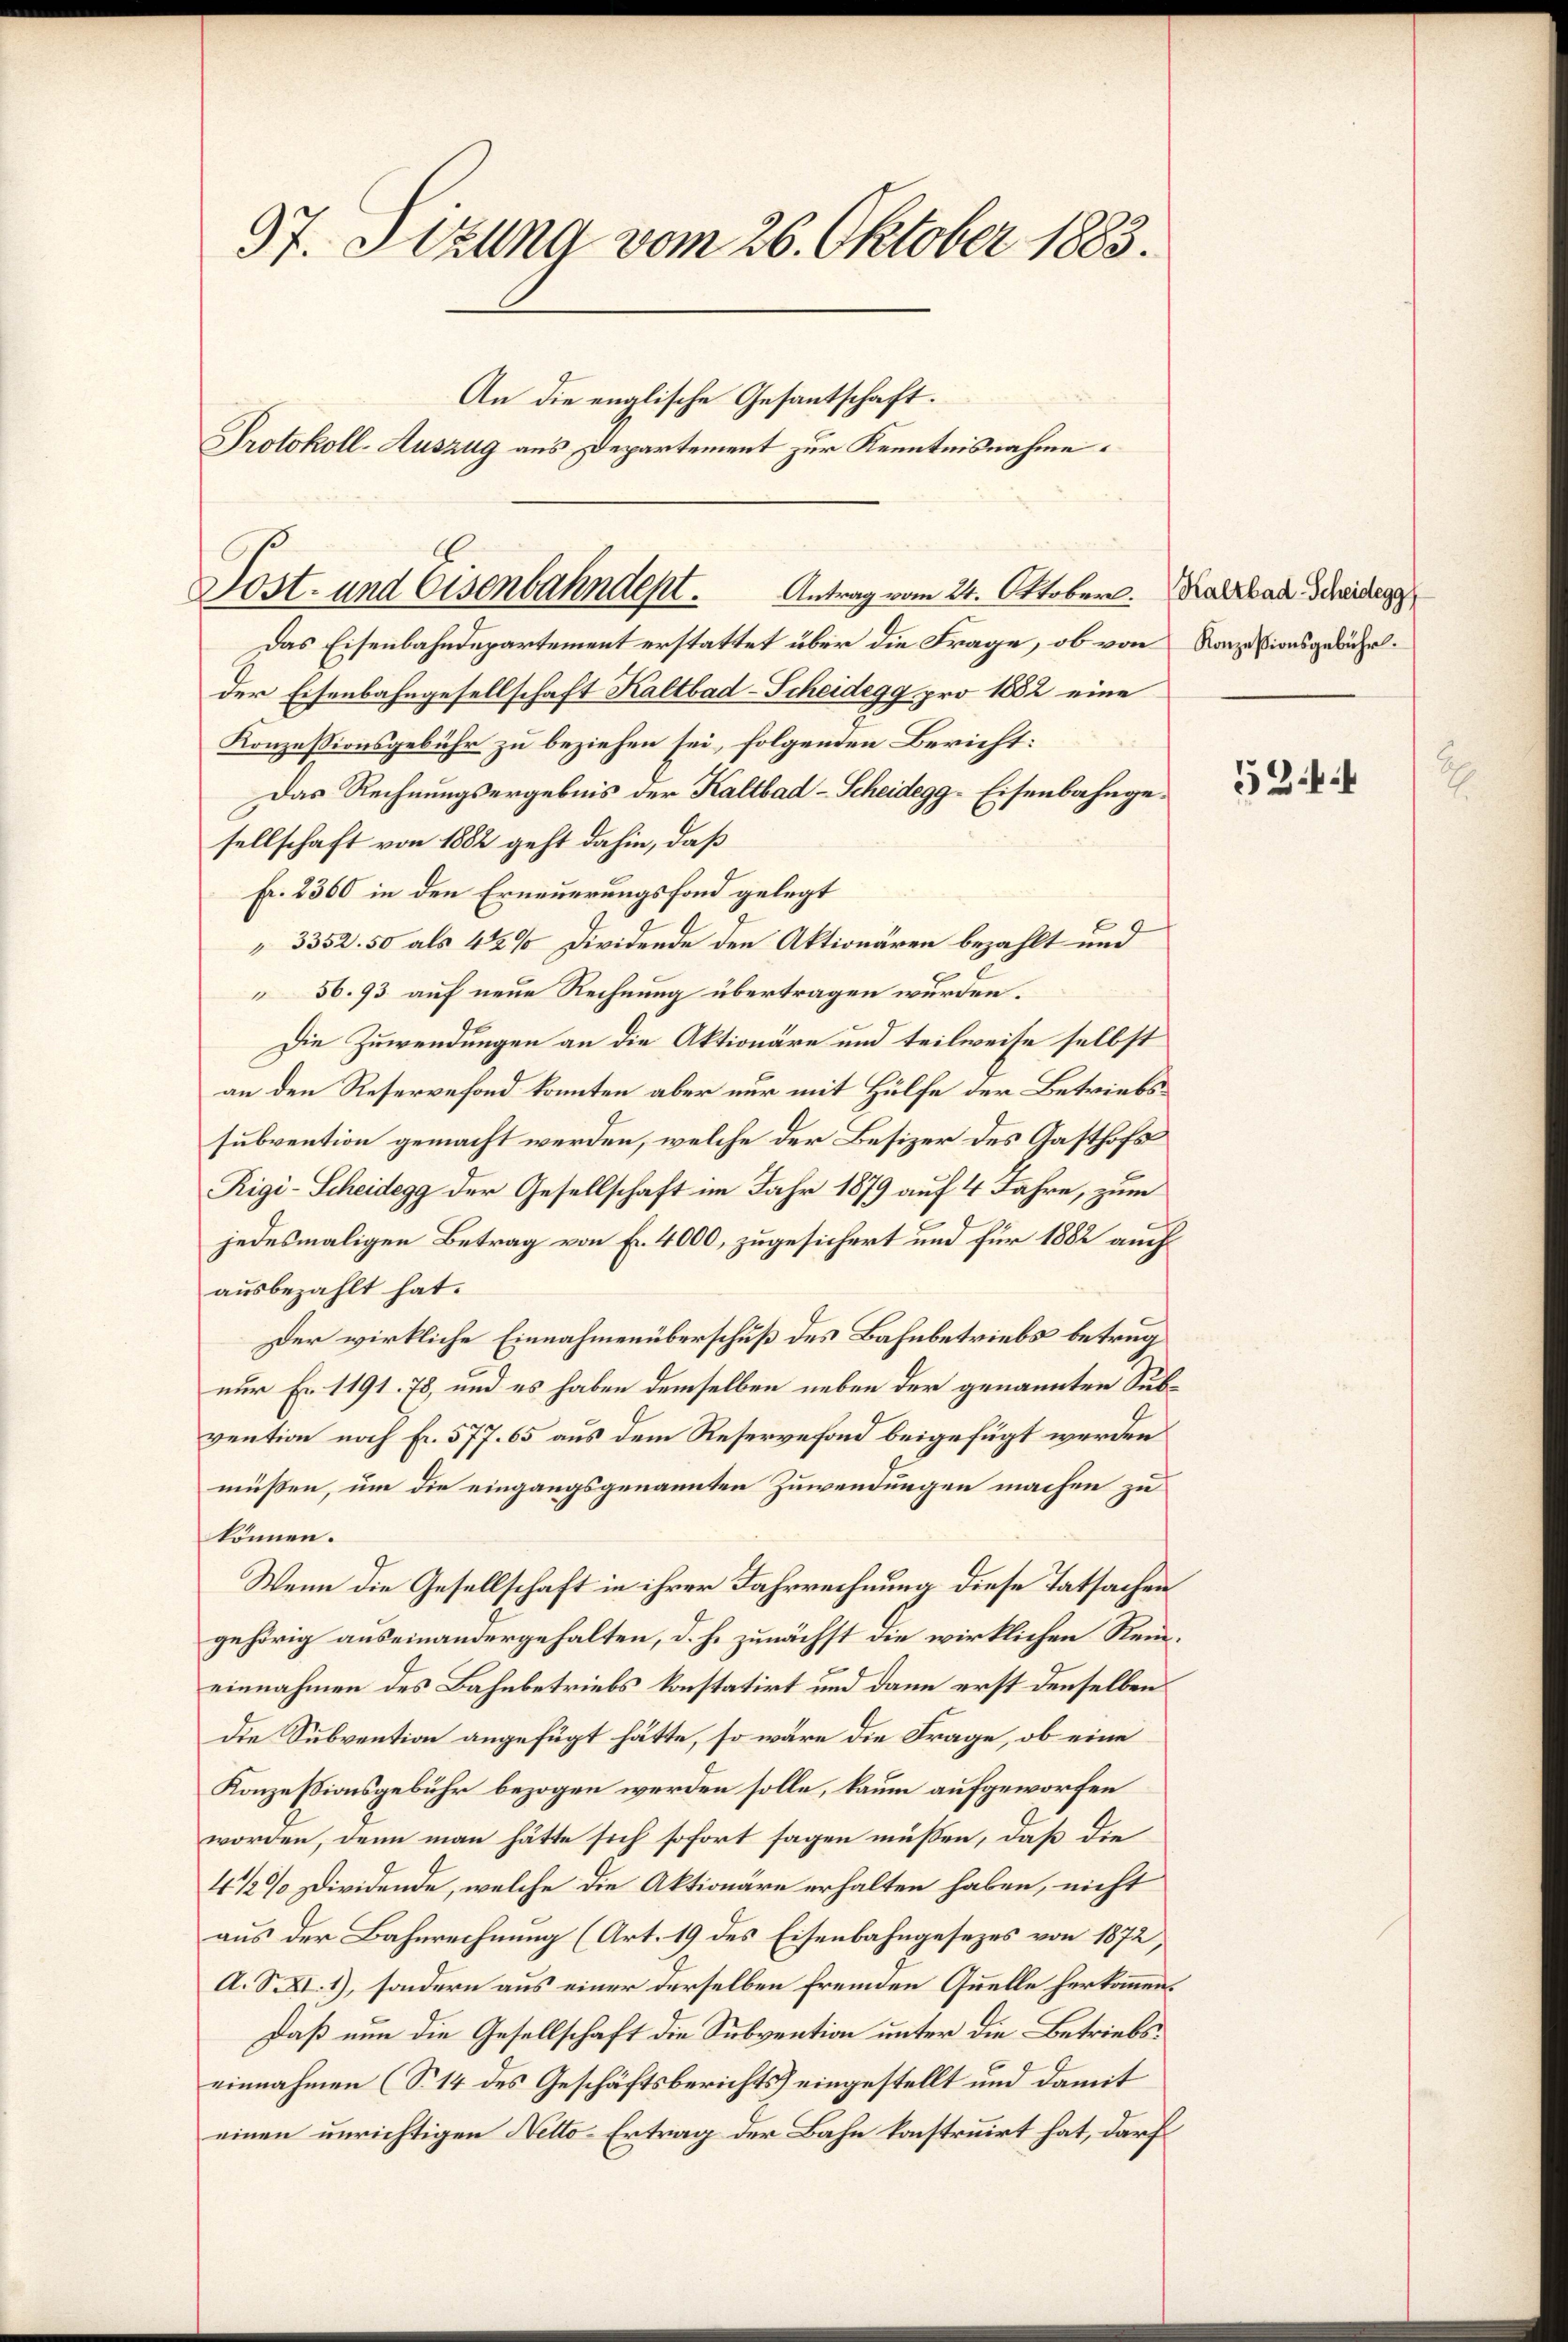
97. Sitzung vom 26. Oktober 1883.
An die englische Gesandtschaft.
Protokoll-Auszug aus Departement zur Kenntnisnahme.

Post- und Eisenbahndept.
Antrag vom 24. Oktober. Kalzbach Scheidegg

Das Eisenbahndepartement erstattet über die Frage, ob von Konzesionsgebührder Eisenbahngesellschaft Kaltbad-Scheidegg pro 1882 eine
Konzessionsgebühr zu beziehen sei, folgenden Bericht:
Das Rechnungsergebnis der Kaltbad-Scheidegg-Eisenbahngesellschaft von 1882 geht dahin, daß
fr. 2360 in den Erneuerungsfond gelegt
3352. 50 als 4 1/2% Dividende den Aktionären bezahlt und
56.93 auf neue Rechnung übertragen wurden.
Die Zuwendungen an die Aktionäre und teilweise selbst
an den Reservefond konnten aber nur mit Hülfe der Betriebssubvention gemacht werden, welche der Besizer des Gasthofs
Rigi-Scheidegg der Gesellschaft im Jahr 1879 auf 4 Jahre, zum
jedesmaligen Betrag von Fr. 4000, zugesichert und für 1882 auch
ausbezahlt hat.
Der wirkliche Einnahmenüberschuß des Bahnbetriebs betrügnur Fr. 1191. 78, und es haben demselben neben der genannten Subvention noch Fr. 577. 65 aus dem Reservefond beigefügt werden
müßen, um die eingangsgenannten Zuwendungen machen zu
können.
Wenn die Gesellschaft in ihrer Fahrrechnung diese Tatsachen
gehörig auseinandergehalten, d. h. zunächst die wirklichen Reieinnahmen des Bahnbetriebs konstatirt und dann erst denselben
die Subvention angefügt hätte, so wäre die Frage, ob eine
Konzessionsgebühr bezogen werden solle, kaum aufgeworfen
worden, denn man hätte sich sofort sagen müßen, daß die
4 1/2% Dividende, welche die Aktionäre erhalten haben, nicht
aus der Bahnrechnung (Art. 19 des Eisenbahngesezes von 1872,
A. S. XI. 1), sondern aus einer derselben fremden Quelle herkommen.
Daß nun die Gesellschaft die Subvention unter die Betriebs
einnahmen (S. 14 des Geschäftsberichts eingestellt und damit
einen unrichtigen Netto-Ertrag der Bahn konstruirt hat, darf

5244